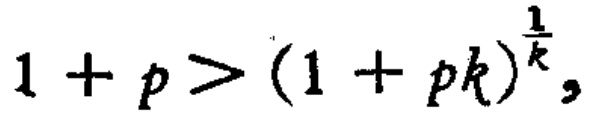
\(1 + p > (1 + p^k)^{\frac{1}{k}},\)